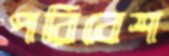
পরিবেশ